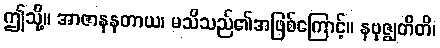
ဤသို့။ အာဇာနနတာယ၊ မသိသည်၏အဖြစ်ကြောင့်။ နဗုဇ္ဈတီတိ၊